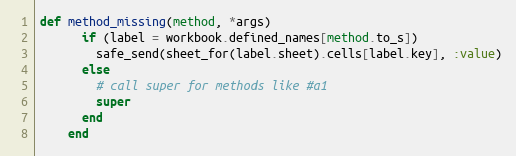
Language: Ruby
def method_missing(method, *args)
      if (label = workbook.defined_names[method.to_s])
        safe_send(sheet_for(label.sheet).cells[label.key], :value)
      else
        # call super for methods like #a1
        super
      end
    end